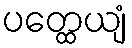
ပတ္ထေယျံ